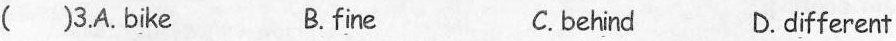
( )3.A. B \underline{i} ke B. f\underline{i} ne C.beh\underline{i} nd D.d\underline{i} fferent